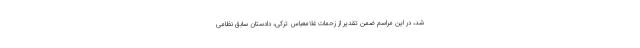
شد، در این مراسم ضمن تقدیر از زحمات غلامعباس ترکی، دادستان سابق نظامی